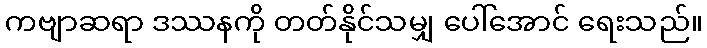
ကဗျာဆရာ ဒဿနကို တတ်နိုင်သမျှ ပေါ်အောင် ရေးသည်။